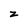
Character: z